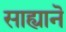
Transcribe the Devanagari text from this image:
साह्यानॆ